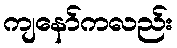
ကျနော်ကလည်း